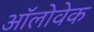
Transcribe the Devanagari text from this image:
ऑलोवेक